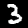
Label: 3